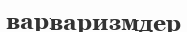
варваризмдер